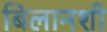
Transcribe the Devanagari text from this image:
बिलानशी